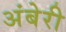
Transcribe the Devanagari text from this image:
अंबेरी